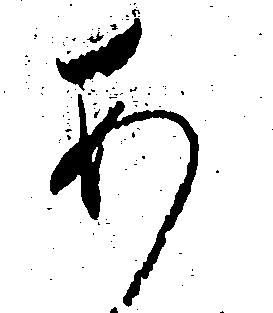
あ